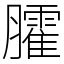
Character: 臛